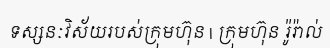
ទស្សនៈវិស័យរបស់ក្រុមហ៊ុន | ក្រុមហ៊ុន រ៉ូរ៉ាល់